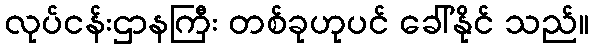
လုပ်ငန်းဌာနကြီး တစ်ခုဟုပင် ခေါ်နိုင် သည်။